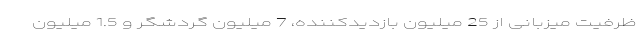
ظرفیت میزبانی از 25 میلیون بازدیدکننده، 7 میلیون گردشگر و 1.5 میلیون